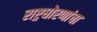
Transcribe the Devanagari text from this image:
राष्ट्रधोरणांचा